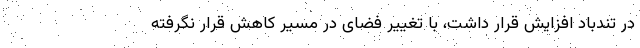
در تندباد افزایش قرار داشت، با تغییر فضای در مسیر کاهش قرار نگرفته